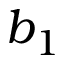
b _ { 1 }